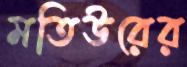
মতিউরের